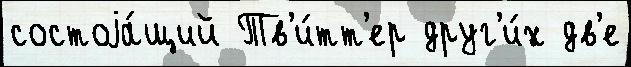
состоjа́щий Тв'и́тт'ер друг'и́х дв'е